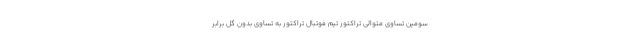
سومین تساوی متوالی تراکتور تیم فوتبال تراکتور به تساوی بدون گل برابر